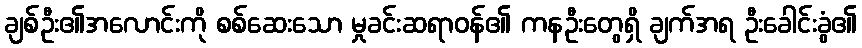
ချစ်ဦး၏အလောင်းကို စစ်ဆေးသော မှုခင်းဆရာဝန်၏ ကနဦးတွေရှိ ချက်အရ ဦးခေါင်းခွံ၏